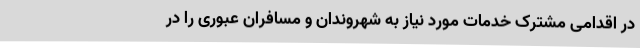
در اقدامی مشترک خدمات مورد نیاز به شهروندان و مسافران عبوری را در